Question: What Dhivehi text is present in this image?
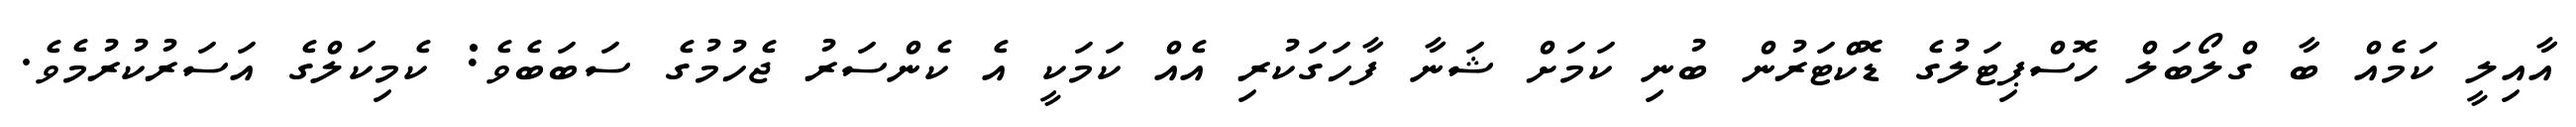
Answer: އާއިލީ ކަމެއް ބާ ގްލޯބަލް ހޮސްޕިޓަލުގެ ޑޮކްޓަރުން ބުނި ކަމަށް ޝަނާ ފާހަގަކުރި އެއް ކަމަކީ އެ ކެންސަރު ޖެހުމުގެ ސަބަބެވެ: ކެމިކަލްގެ އަސަރުކުރުމެވެ.